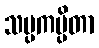
သမ္ပကမ္ပိတာ